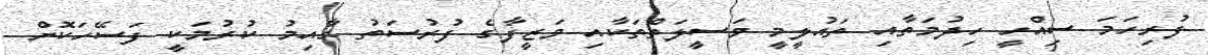
ފުރިހަމަ ސިއްހީ ހިދުމަތާއި ތައުލީމީ ވަސީލަތްތަކާއި ވަޒީފާގެ ފުރުސަތު ގާއިމު ކުރުމަކީ ފަސޭހަކޮށް